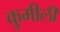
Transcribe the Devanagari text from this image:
कुमीली